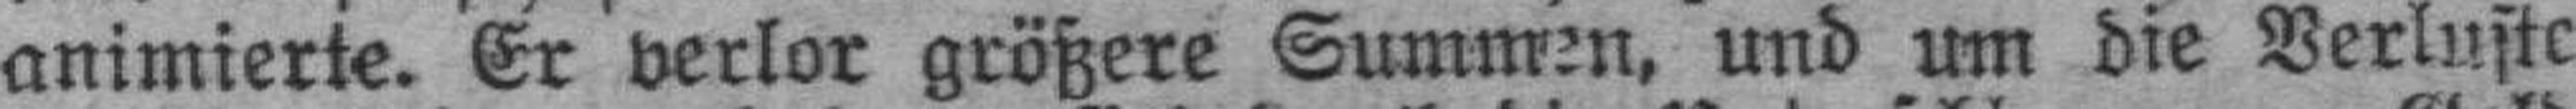
animierte. Er verlor größere Summen, und um die Verluste